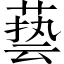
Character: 兿